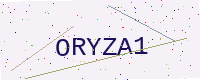
Text: ORYZA1